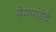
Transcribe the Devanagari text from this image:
देशपांडेचे